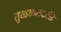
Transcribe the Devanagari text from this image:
तुळ्ळलकळि